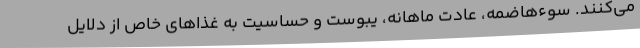
می‌کنند. سوءهاضمه، عادت ماهانه، یبوست و حساسیت به غذا‌های خاص از دلایل